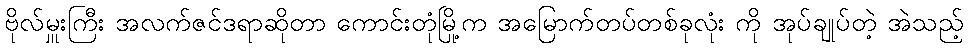
ဗိုလ်မှူးကြီး အလက်ဇင်ဒရာဆိုတာ ကောင်းတုံမြို့က အမြောက်တပ်တစ်ခုလုံး ကို အုပ်ချုပ်တဲ့ အဲသည့်